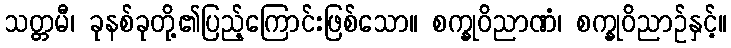
သတ္တမီ၊ ခုနစ်ခုတို့၏ပြည့်ကြောင်းဖြစ်သော။ စက္ခုဝိညာဏံ၊ စက္ခုဝိညာဉ်နှင့်။